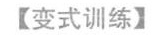
【变式训练】